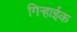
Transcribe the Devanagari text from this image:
गिऱ्हाईक